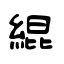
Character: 緄